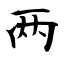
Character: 两